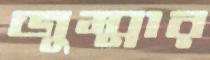
জুম্মার